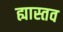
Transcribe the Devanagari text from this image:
ह्यास्तव